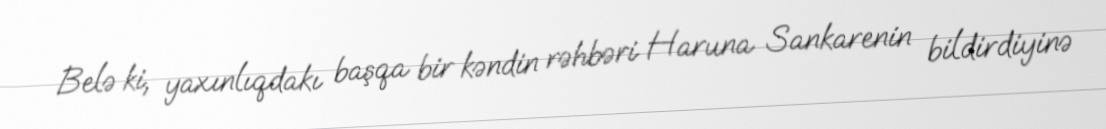
Belə ki, yaxınlıqdakı başqa bir kəndin rəhbəri Haruna Sankarenin bildirdiyinə